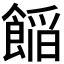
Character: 𮩁